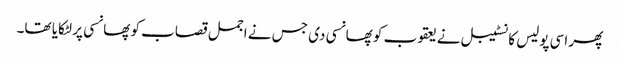
پھر اسی پولیس کانسٹیبل نے یعقوب کو پھانسی دی جس نے اجمل قصاب کو پھانسی پر لٹکایا تھا۔